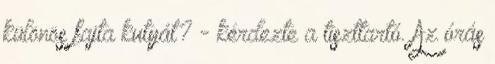
különös fajta kutyát? - kérdezte a tiszttartó. Az órás